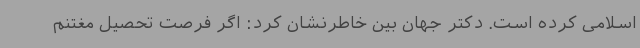
اسلامی کرده است. دکتر جهان بین خاطرنشان کرد: اگر فرصت تحصیل مغتنم